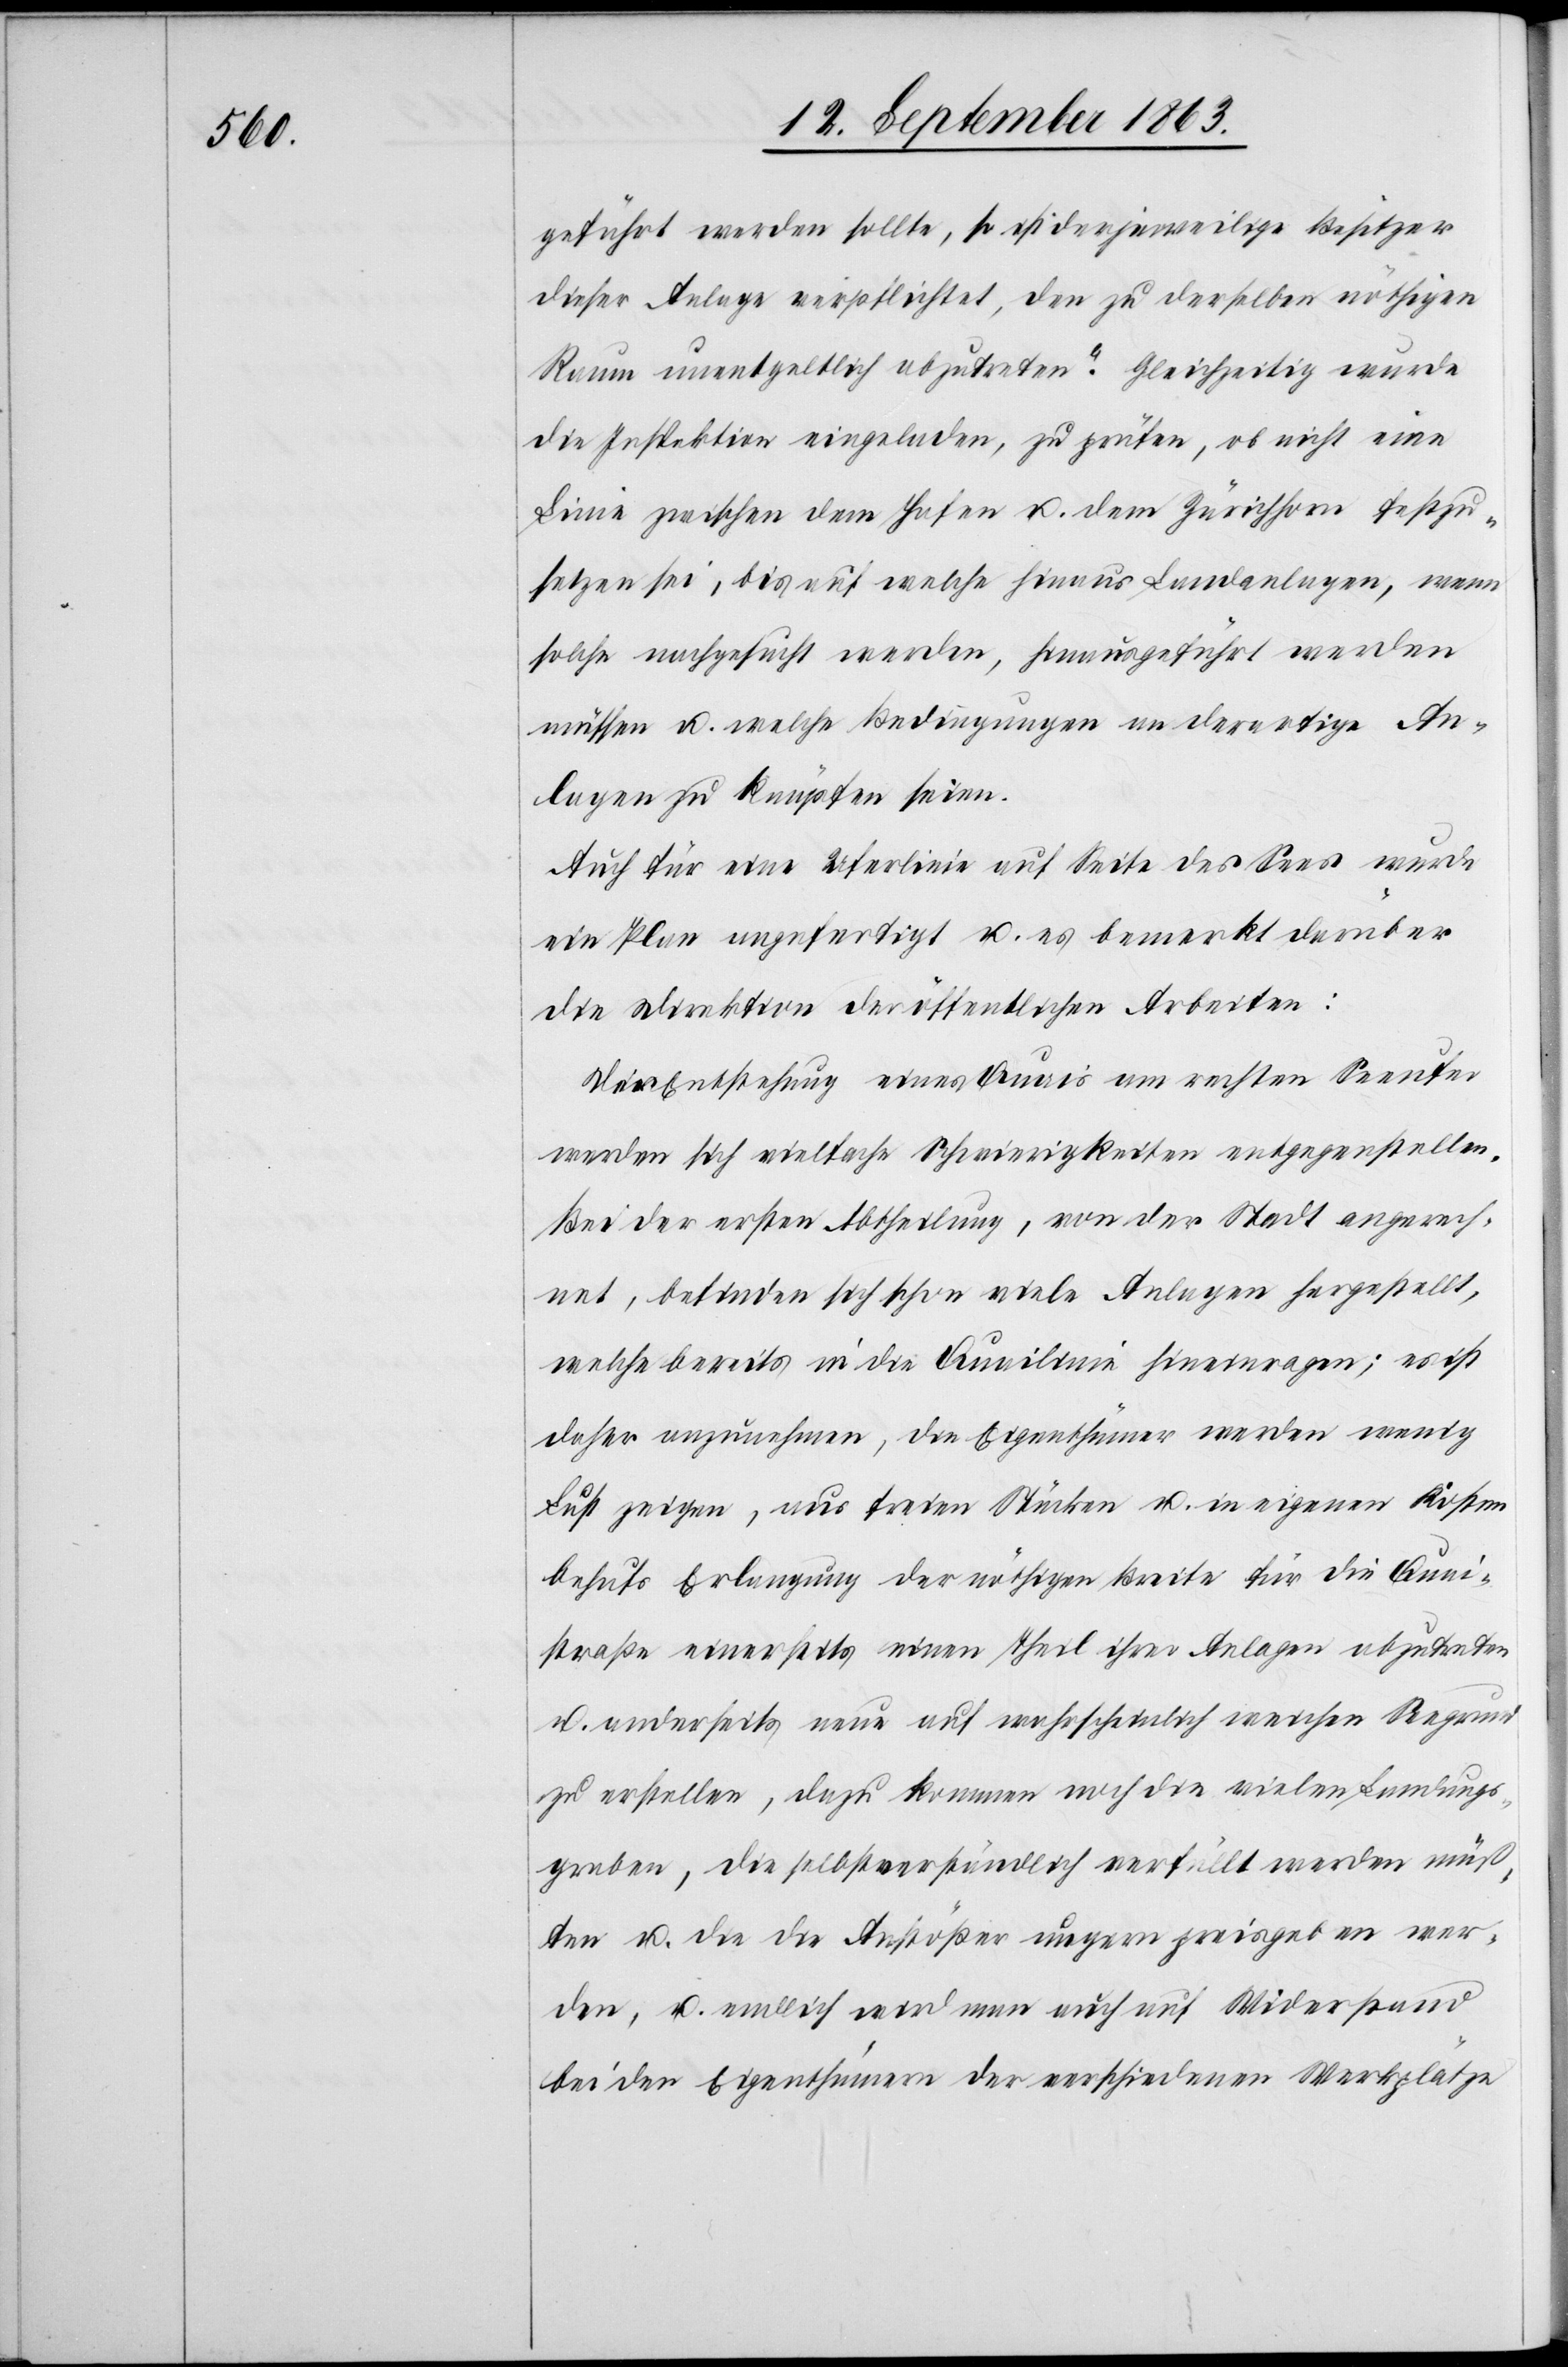
geführt werde sollte, so ist der jeweilige Besitzer
dieser Anlage verpflichtet, den zu derselben nöthigen
Raum unentgeltlich abzutreten.“ Gleichzeitig wurde
die Inspektion eingeladen, zu prüfen, ob nicht eine
Linie zwischen dem Hafen u. dem Zürichhorn festzu¬
setzen sei, bis auf welche hinaus Landanlagen, wenn
solche nachgesucht werden, hinausgeführt werden
müssen u. welche Bedingungen an derartige An¬
lagen zu knüpfen seien.
Auch für eine Uferlinie auf Seite des Sees wurde
ein Plan angefertigt u. es bemerkt darüber
die Direktion der öffentlichen Arbeiten:
Der Entstehung eines Quais am rechten Seeufer
werden sich vielfache Schwierigkeiten entgegenstellen.
Bei der ersten Abtheilung, von der Stadt angerech¬
net, befinden sich schon viele Anlagen hergestellt,
welche bereits in die Quailinie hineinragen; es ist
daher anzunehmen, die Eigenthümer werden wenig
Lust zeigen, aus freien Stücken u. in eigenen Kosten
behufs Erlangung der nöthigen Breite für die Quai¬
straße einerseits einen Theil ihrer Anlagen abzutreten
u. anderseits neue auf wahrscheinlich weichen Seegrund
zu erstellen, dazu kommen noch die vielen Landungs¬
graben, die selbstverständlich verfüllt werden müß¬
ten u. die die Anstößer ungern preisgeben wer¬
den, u. endlich wird man auch auf Widerstand
bei den Eigenthümern der verschiedenen Werkplätze